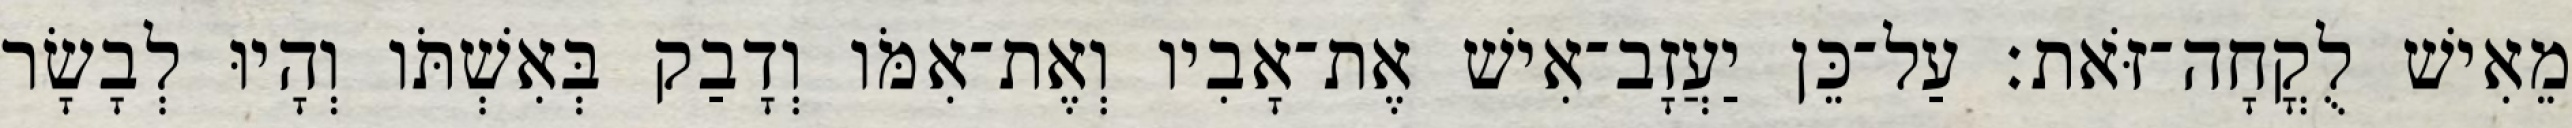
מֵאִישׁ לֻקֳחָה־זֹּאת׃ עַל־כֵּן יַעֲזָב־אִישׁ אֶת־אָבִיו וְאֶת־אִמֹּו וְדָבַק בְּאִשְׁתֹּו וְהָיוּ לְבָשָׂר